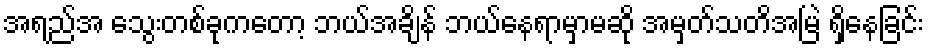
အရည်အ သွေးတစ်ခုကတော့ ဘယ်အချိန် ဘယ်နေရာမှာမဆို အမှတ်သတိအမြဲ ရှိနေခြင်း